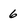
Character: 6